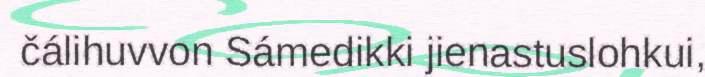
čálihuvvon Sámedikki jienastuslohkui,